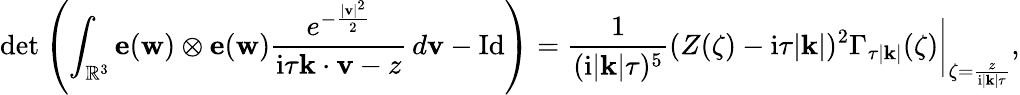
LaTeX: \operatorname*{det}\left(\int_{\mathbb{R}^{3}}\mathbf{e}(\mathbf{w})\otimes\mathbf{e}(\mathbf{w})\frac{e^{-\frac{|\mathbf{v}|^{2}}{2}}}{\mathrm{i}\tau\mathbf{k}\cdot\mathbf{v}-z}\, d\mathbf{v}-\mathrm{Id}\right)=\frac{1}{(\mathrm{i}|\mathbf{k}|\tau)^{5}}(Z(\zeta)-\mathrm{i}\tau|\mathbf{k}|)^{2}\Gamma_{\tau|\mathbf{k}|}(\zeta)\bigg|_{\zeta=\frac{z}{\mathrm{i}|\mathbf{k}|\tau}},